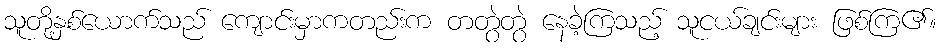
သူတို့နှစ်ယောက်သည် ကျောင်းမှာကတည်းက တတွဲတွဲ နေခဲ့ကြသည့် သူငယ်ချင်းများ ဖြစ်ကြ၏။